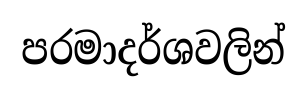
පරමාදර්ශවලින්